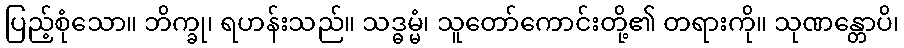
ပြည့်စုံသော။ ဘိက္ခု၊ ရဟန်းသည်။ သဒ္ဓမ္မံ၊ သူတော်ကောင်းတို့၏ တရားကို။ သုဏန္တောပိ၊